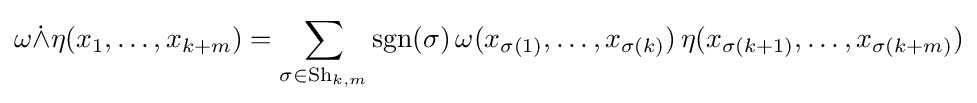
{\omega {\dot {\wedge }}\eta (x_{1},\ldots ,x_{k+m})}=\sum _{\sigma \in \mathrm {Sh} _{k,m}}\operatorname {sgn} (\sigma )\,\omega (x_{\sigma (1)},\ldots ,x_{\sigma (k)})\,\eta (x_{\sigma (k+1)},\ldots ,x_{\sigma (k+m)})